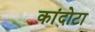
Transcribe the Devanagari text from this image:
कांदोटा